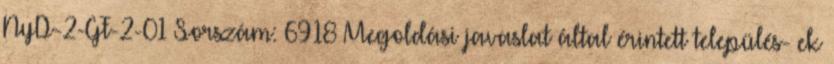
NyD-2-GF-2-01 Sorszám: 6918 Megoldási javaslat által érintett település- ek